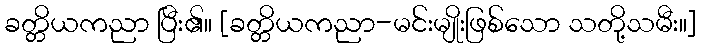
ခတ္တိယကညာ ပြီး၏။ [ခတ္တိယကညာ-မင်းမျိုးဖြစ်သော သတို့သမီး။]